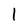
Character: 1